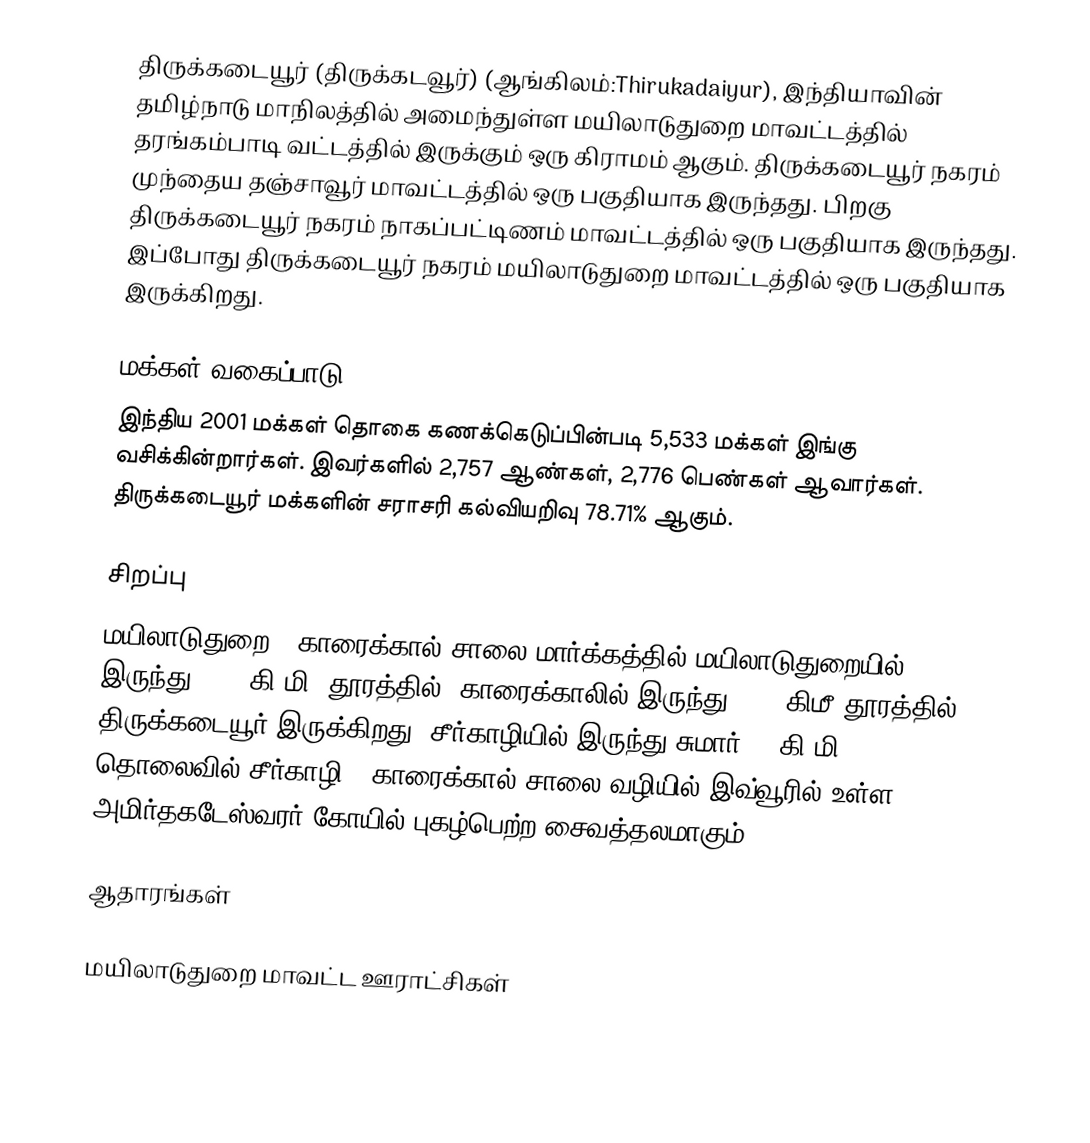
திருக்கடையூர் (திருக்கடவூர்) (ஆங்கிலம்:Thirukadaiyur), இந்தியாவின் தமிழ்நாடு மாநிலத்தில் அமைந்துள்ள மயிலாடுதுறை மாவட்டத்தில்   தரங்கம்பாடி வட்டத்தில் இருக்கும் ஒரு கிராமம் ஆகும். திருக்கடையூர் நகரம் முந்தைய தஞ்சாவூர் மாவட்டத்தில் ஒரு பகுதியாக இருந்தது. பிறகு திருக்கடையூர் நகரம் நாகப்பட்டிணம் மாவட்டத்தில் ஒரு பகுதியாக இருந்தது. இப்போது திருக்கடையூர் நகரம் மயிலாடுதுறை மாவட்டத்தில் ஒரு பகுதியாக இருக்கிறது.

மக்கள் வகைப்பாடு
இந்திய 2001 மக்கள் தொகை கணக்கெடுப்பின்படி 5,533 மக்கள் இங்கு வசிக்கின்றார்கள்.  இவர்களில் 2,757 ஆண்கள், 2,776 பெண்கள் ஆவார்கள். திருக்கடையூர் மக்களின் சராசரி கல்வியறிவு 78.71% ஆகும்.

சிறப்பு
மயிலாடுதுறை - காரைக்கால் சாலை மார்க்கத்தில் மயிலாடுதுறையில் இருந்து 21.4 கி.மி. தூரத்தில், காரைக்காலில் இருந்து 21.7 கிமீ தூரத்தில் திருக்கடையூர் இருக்கிறது. சீர்காழியில் இருந்து சுமார் 23 கி.மி. தொலைவில் சீர்காழி - காரைக்கால் சாலை வழியில் இவ்வூரில் உள்ள அமிர்தகடேஸ்வரர் கோயில் புகழ்பெற்ற சைவத்தலமாகும்.

ஆதாரங்கள்

மயிலாடுதுறை மாவட்ட ஊராட்சிகள்